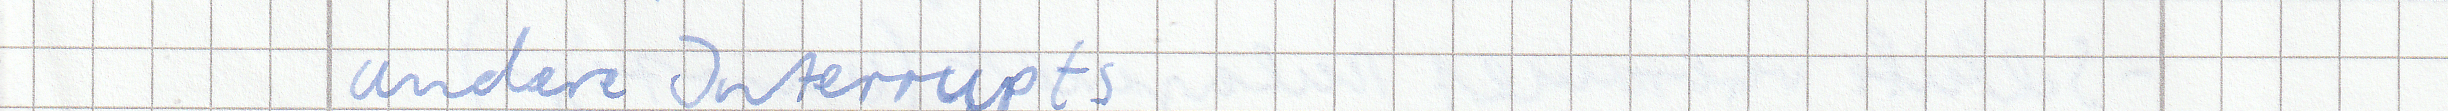
andere Interrupts